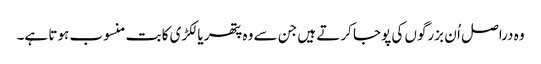
وہ دراصل اُ ن بزرگوں کی پوجا کرتے ہیں جن سے وہ پتھر یا لکڑی کا بت منسوب ہوتا ہے۔